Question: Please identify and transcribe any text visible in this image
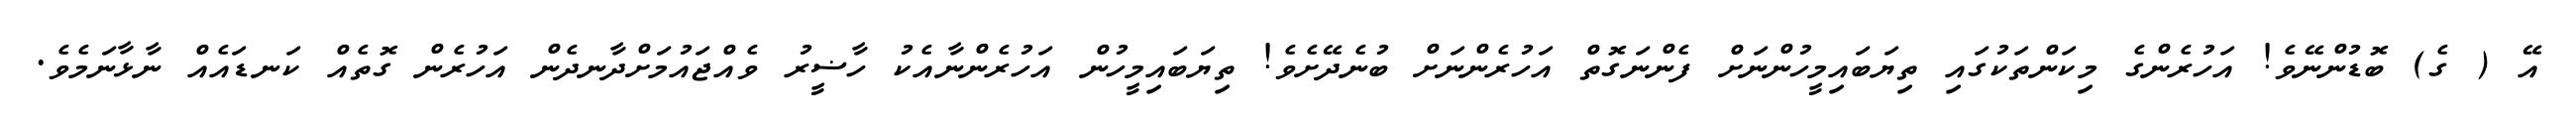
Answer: އޭ ( ގެ) ބޮޑުންނޭވެ! އަހުރެންގެ މިކަންތަކުގައި ތިޔަބައިމީހުންނަށް ފެންނަގޮތް އަހުރެންނަށް ބުނެދޭށެވެ! ތިޔަބައިމީހުން އަހުރެންނާއެކު ހާޟީރު ވެއްޖައުމަށްދާނދެން އަހުރެން ގޮތެއް ކަނޑައެއް ނާޅާނަމެވެ.